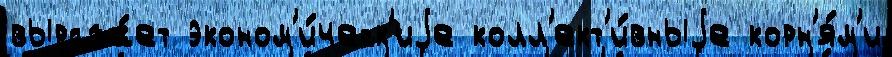
выража́ет эконом'и́ческ'иjе колл'ект'и́вныjе корн'я́м'и